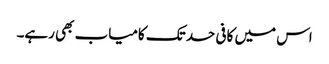
اس میں کافی حد تک کامیاب بھی رہے۔